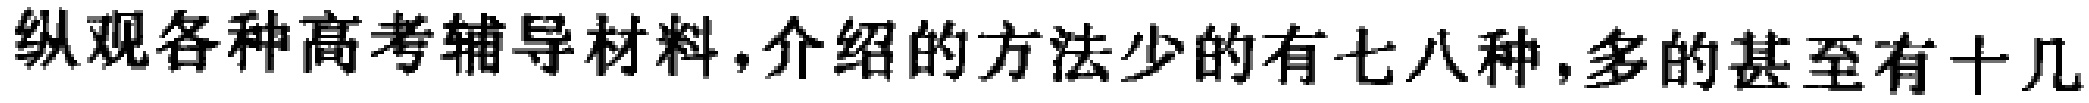
纵观各种高考辅导材料,介绍的方法少的有七八种,多的甚至有十几